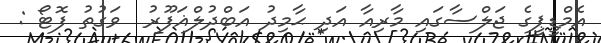
އެމްޑީޕީގެ ޖަލްސާގައި މާރިއާ އަދި ޙާމިދު އަބްދުލްޣަފޫރު  ވަގުތު ފޮޓޯ :